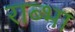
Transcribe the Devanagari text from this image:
राब्भा